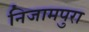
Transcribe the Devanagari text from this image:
निजामपुरा